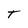
Character: T